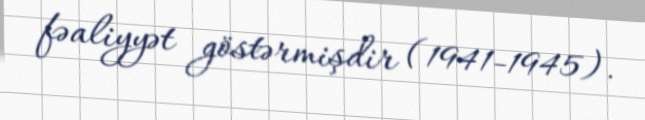
fəaliyyət göstərmişdir (1941-1945).